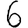
Digit: 6